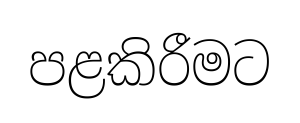
පළකිරීමට